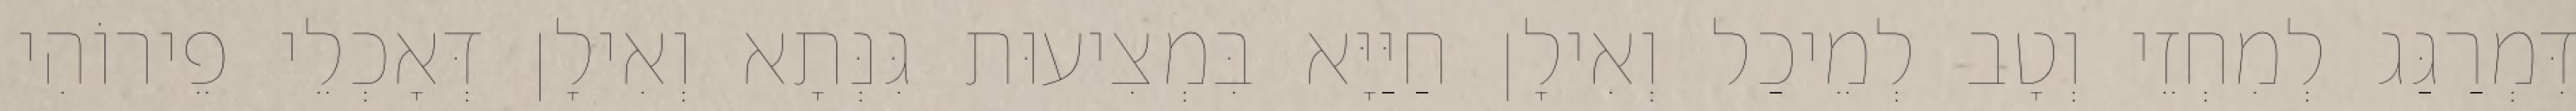
דִּמְרַגַּג לְמִחְזֵי וְטָב לְמֵיכַל וְאִילָן חַיַּיָּא בִּמְצִיעוּת גִּנְּתָא וְאִילָן דְּאָכְלֵי פֵירוֹהִי